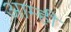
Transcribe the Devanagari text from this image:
आम्‍ही